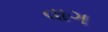
વાગ